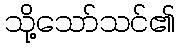
သို့သော်သင်၏